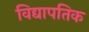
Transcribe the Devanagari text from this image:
विद्यापतिक